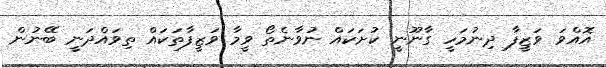
އޮއްވަ ވަޒީފާ ދިނުމަހީ ގާނޫނީ ކުށަކައް ނުވާނެތޯ ވީމާ ވަޒީފާތަކައް ތިވައްދަނީ ބޭނުން